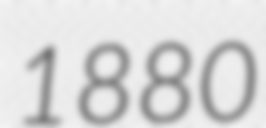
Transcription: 1880